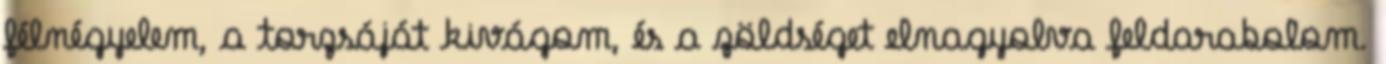
félnégyelem, a torzsáját kivágom, és a zöldséget elnagyolva feldarabolom.